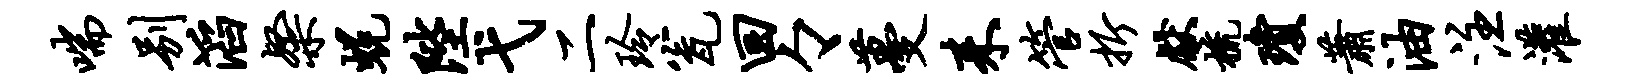
喘别滔粲蜕陛弋二玲瓮回々蔓耒管折献梳琼萧油注灌